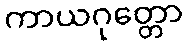
ကာယဂုတ္တော